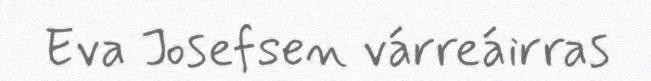
Eva Josefsen várreáirras